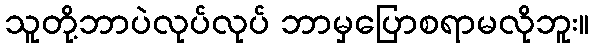
သူတို့ဘာပဲလုပ်လုပ် ဘာမှပြောစရာမလိုဘူး။